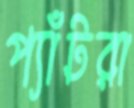
প্যাঁটরা